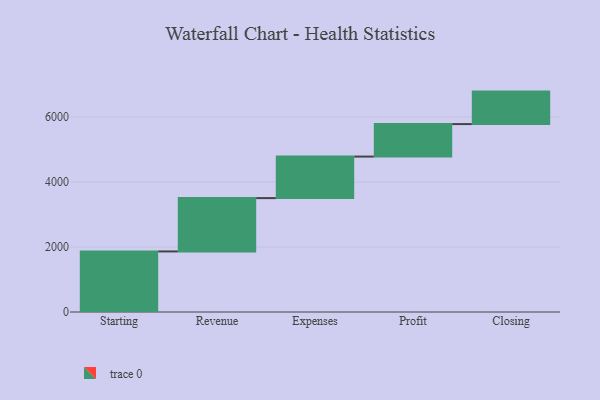
{"axis": {"x": "Step", "y": "Value"}, "legend": [""], "data": [{"x": "Starting", "y": 1864.0, "type": ""}, {"x": "Revenue", "y": 1642.0, "type": ""}, {"x": "Expenses", "y": 1278.0, "type": ""}, {"x": "Profit", "y": 1000, "type": ""}, {"x": "Closing", "y": 1000, "type": ""}]}